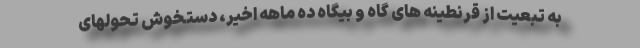
به تبعیت از قرنطینه های گاه و بیگاه ده ماهه اخیر، دستخوش تحولهای